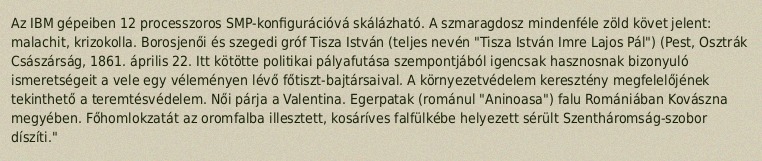
Az IBM gépeiben 12 processzoros SMP-konfigurációvá skálázható. A szmaragdosz mindenféle zöld követ jelent: malachit, krizokolla. Borosjenői és szegedi gróf Tisza István (teljes nevén "Tisza István Imre Lajos Pál") (Pest, Osztrák Császárság, 1861. április 22. Itt kötötte politikai pályafutása szempontjából igencsak hasznosnak bizonyuló ismeretségeit a vele egy véleményen lévő főtiszt-bajtársaival. A környezetvédelem keresztény megfelelőjének tekinthető a teremtésvédelem. Női párja a Valentina. Egerpatak (románul "Aninoasa") falu Romániában Kovászna megyében. Főhomlokzatát az oromfalba illesztett, kosáríves falfülkébe helyezett sérült Szentháromság-szobor díszíti."